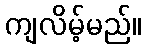
ကျလိမ့်မည်။